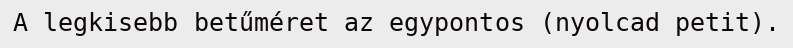
A legkisebb betűméret az egypontos (nyolcad petit).